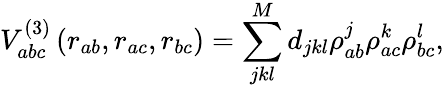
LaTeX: V_{abc}^{(3)}\left(r_{ab},r_{ac},r_{bc}\right)=\sum_{jkl}^{M}d_{jkl}\rho_{ab}^{j}\rho_{ac}^{k}\rho_{bc}^{l},